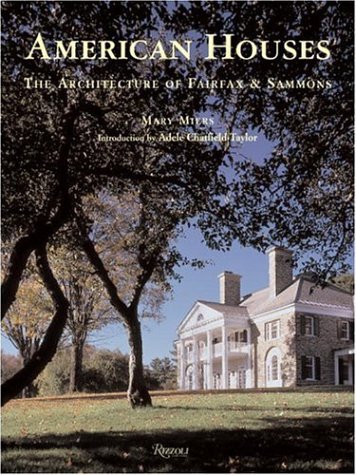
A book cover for American Houses: The Architecture of Fairfax & Sammons (Classical America); Mary Miers; Arts & Photography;